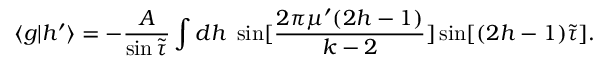
\langle g | h ^ { \prime } \rangle = - \frac { A } { \sin { \tilde { \tau } } } \int d h \; \sin [ \frac { 2 \pi \mu ^ { \prime } ( 2 h - 1 ) } { k - 2 } ] \sin [ ( 2 h - 1 ) { \tilde { \tau } } ] .